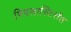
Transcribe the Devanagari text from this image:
पिपलास्टिरॉल